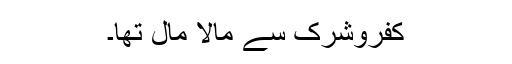
کفروشرک سے مالا مال تھا۔